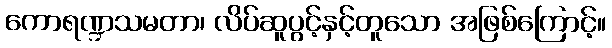
ကောရဏ္ဍသမတာ၊ လိပ်ဆူပွင့်နှင့်တူသော အဖြစ်ကြောင့်။